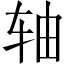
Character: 轴